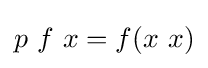
p\ f\ x=f(x\ x)